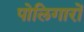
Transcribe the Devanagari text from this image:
पोलिगारों